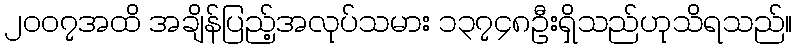
၂၀၀၇အထိ အချိန်ပြည့်အလုပ်သမား ၁၃၇၄၈ဦးရှိသည်ဟုသိရသည်။